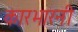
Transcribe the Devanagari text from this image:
कारभारनी